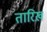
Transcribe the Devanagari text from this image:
तारिख़